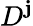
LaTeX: D^{\mathbf{j}}